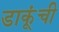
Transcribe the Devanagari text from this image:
डाकूंची